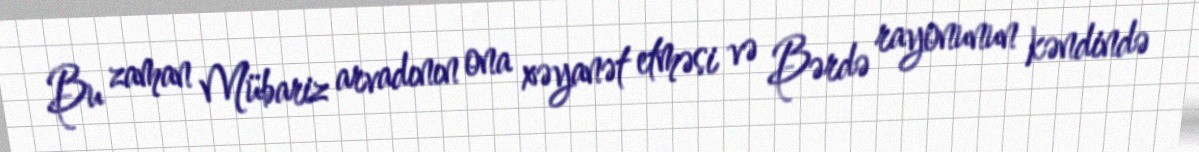
Bu zaman Mübariz arvadının ona xəyanət etməsi və Bərdə rayonunun kəndində